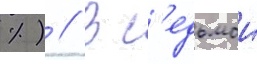
%) // В с'едьмои